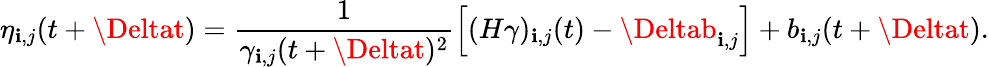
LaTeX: \eta_{\mathbf{i},j}(t+\Deltat)=\frac{{1}}{{\gamma_{\mathbf{i},j}(t+\Deltat)^{2}}}\left[(H\gamma)_{\mathbf{i},j}(t)-\Deltab_{\mathbf{i},j}\right]+b_{\mathbf{i},j}(t+\Deltat).